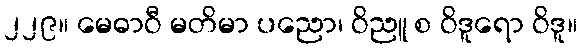
၂၂၉။ မေဓာဝီ မတိမာ ပညော၊ ဝိညူ စ ဝိဒူရော ဝိဒူ။